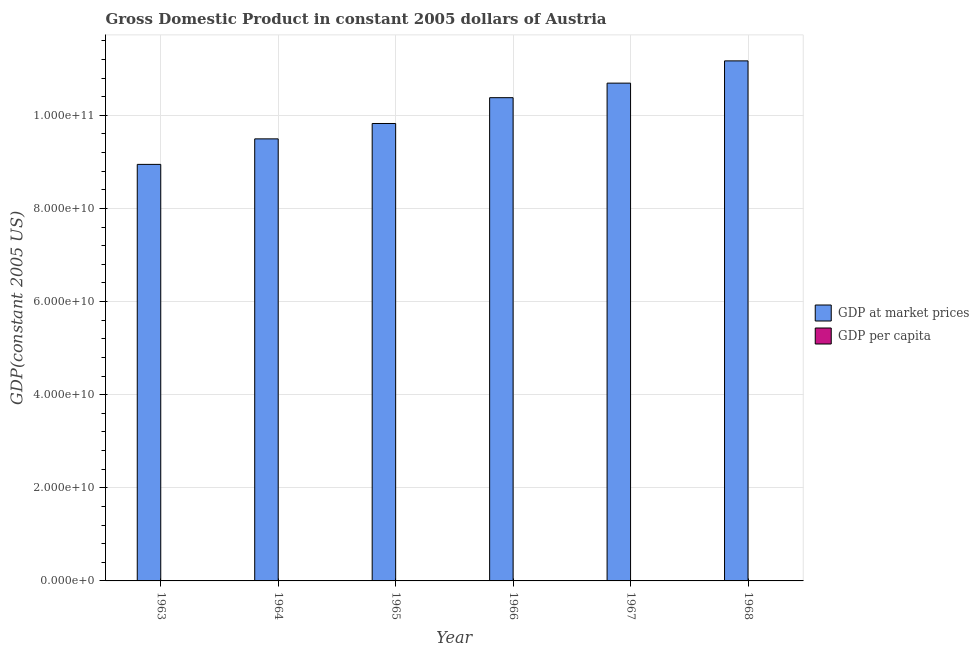
| Year | GDP at market prices | GDP per capita |
 | --- | --- | --- |
 | 1963 | 8.95e+10 | 1.25e+04 |
 | 1964 | 9.5e+10 | 1.31e+04 |
 | 1965 | 9.83e+10 | 1.35e+04 |
 | 1966 | 1.04e+11 | 1.42e+04 |
 | 1967 | 1.07e+11 | 1.45e+04 |
 | 1968 | 1.12e+11 | 1.51e+04 |